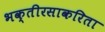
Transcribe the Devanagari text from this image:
भक्तीरसाकरिता